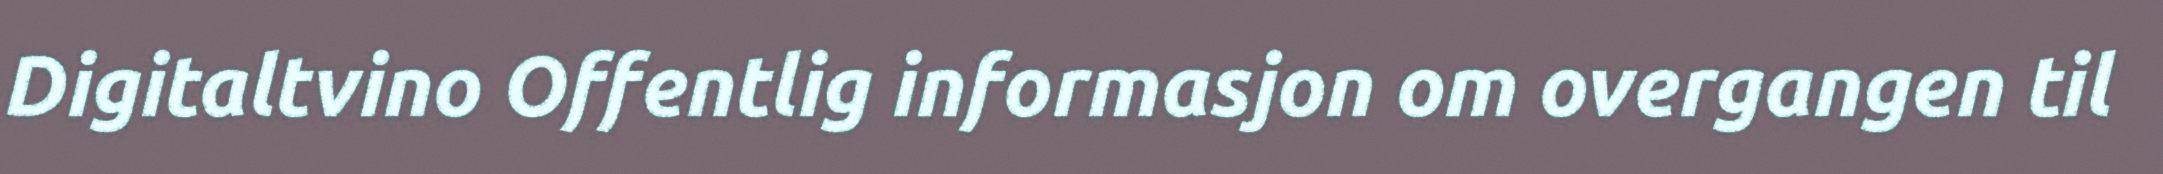
Digitaltvino Offentlig informasjon om overgangen til